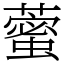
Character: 藌